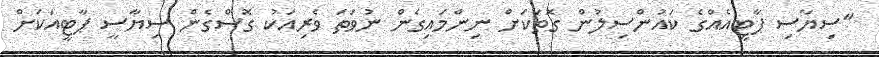
"ސިޔާސި ޕާޓީއެއްގެ ކައުންސިލުން ގޮތަކަށް ނިންމައިގެން ނުވަތަ ވެރިއަކު ގޮސްގެން ސިޔާސީ ޕާޓީއަކަށް